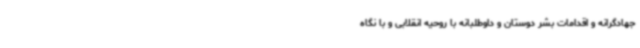
جهادگرانه و اقدامات بشر دوستان و داوطلبانه با روحیه انقلابی و با نگاه